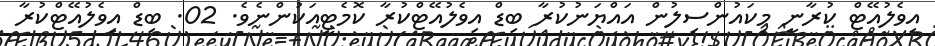
އިވެލުއޭޓް ކުރާނީ މިކައުންސިލުން އައްޔަނުކުރާ ބިޑް އިވެލުއޭޓްކުރާ ކޮމެޓީއަކުންނެވެ. 02. ބިޑް އިވެލުއޭޓްކުރާ